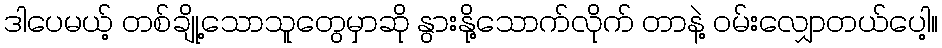
ဒါပေမယ့် တစ်ချို့သောသူတွေမှာဆို နွားနို့သောက်လိုက် တာနဲ့ ဝမ်းလျှောတယ်ပေါ့။